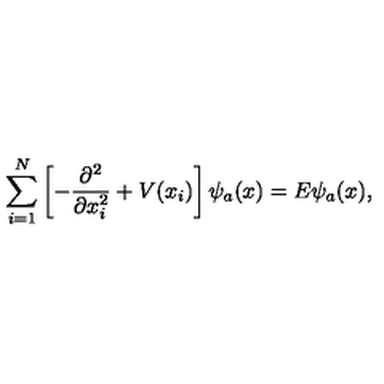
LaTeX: \sum _ { i = 1 } ^ { N } \left[ - \frac { \partial ^ { 2 } } { \partial x _ { i } ^ { 2 } } + V ( x _ { i } ) \right] \psi _ { a } ( x ) = E \psi _ { a } ( x ) ,